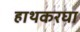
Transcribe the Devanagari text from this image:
हाथकरघा